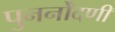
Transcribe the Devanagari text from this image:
पुनर्नोंदणी